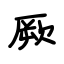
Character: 厥